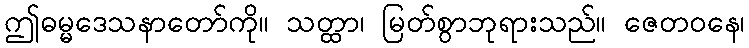
ဤဓမ္မဒေသနာတော်ကို။ သတ္ထာ၊ မြတ်စွာဘုရားသည်။ ဇေတဝနေ၊